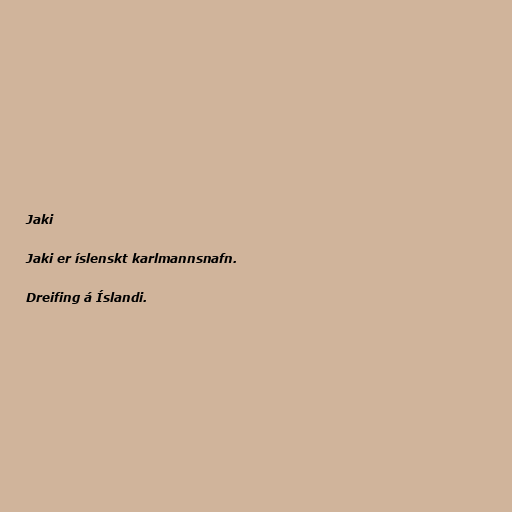
Jaki

Jaki er íslenskt karlmannsnafn.

Dreifing á Íslandi.